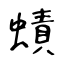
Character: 𧐐